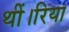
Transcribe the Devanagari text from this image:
थीं।रिया